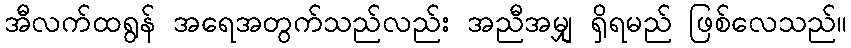
အီလက်ထရွန် အရေအတွက်သည်လည်း အညီအမျှ ရှိရမည် ဖြစ်လေသည်။